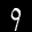
Label: 9